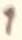
Text: 1